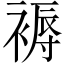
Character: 褥